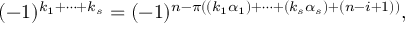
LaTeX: ( - 1 ) ^ { k _ { 1 } + \dots + k _ { s } } = ( - 1 ) ^ { n - \pi ( ( k _ { 1 } \alpha _ { 1 } ) + \dots + ( k _ { s } \alpha _ { s } ) + ( n - i + 1 ) ) } ,